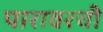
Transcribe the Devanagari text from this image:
पारावरची